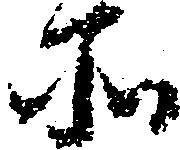
所